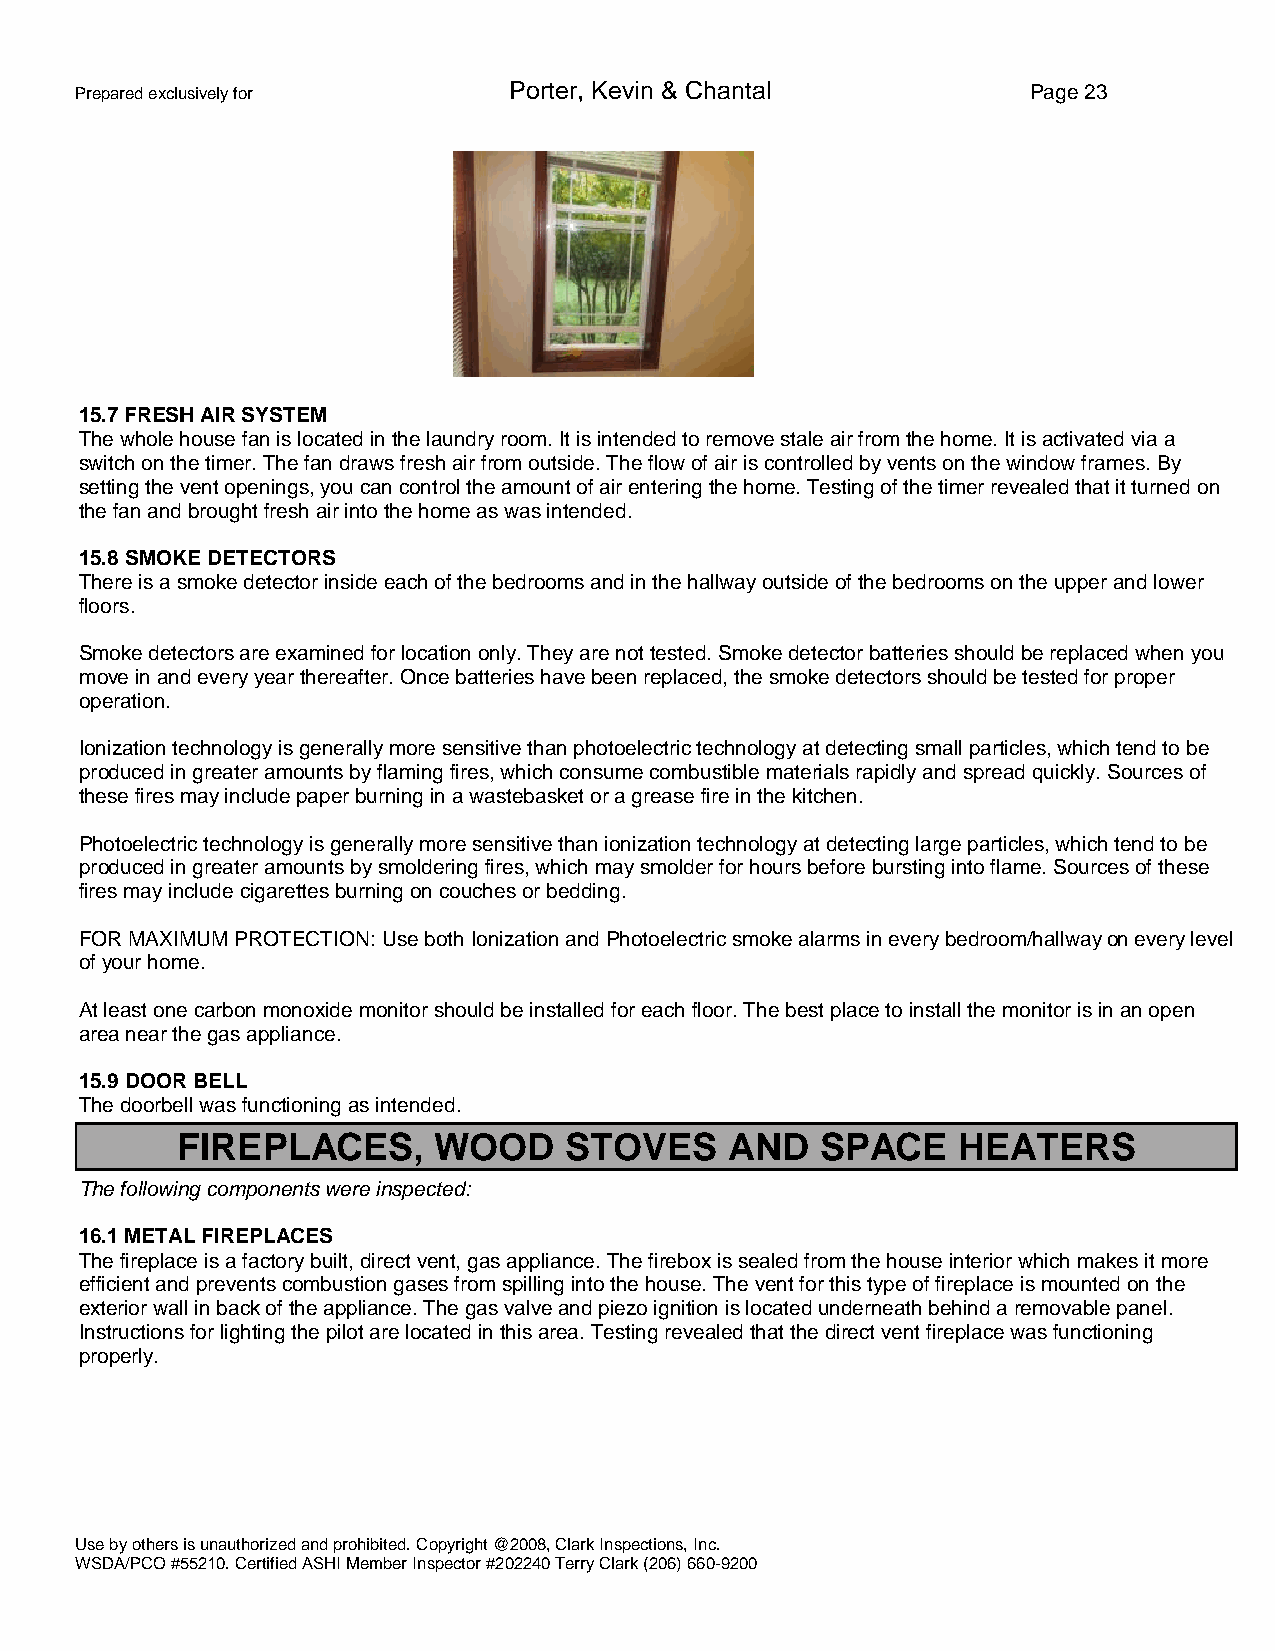
Prepared exclusively for     Porter, Kevin & Chantal           Page 23
 15.7 FRESH AIR SYSTEM
 The whole house fan is located in the laundry room. It is intended to remove stale air from the home. It is activated via a
 switch on the timer. The fan draws fresh air from outside. The flow of air is controlled by vents on the window frames. By
 setting the vent openings, you can control the amount of air entering the home. Testing of the timer revealed that it turned on
 the fan and brought fresh air into the home as was intended.
 15.8 SMOKE DETECTORS
 There is a smoke detector inside each of the bedrooms and in the hallway outside of the bedrooms on the upper and lower
 floors.
 Smoke detectors are examined for location only. They are not tested. Smoke detector batteries should be replaced when you
 move in and every year thereafter. Once batteries have been replaced, the smoke detectors should be tested for proper
 operation.
 Ionization technology is generally more sensitive than photoelectric technology at detecting small particles, which tend to be
 produced in greater amounts by flaming fires, which consume combustible materials rapidly and spread quickly. Sources of
 these fires may include paper burning in a wastebasket or a grease fire in the kitchen.
 Photoelectric technology is generally more sensitive than ionization technology at detecting large particles, which tend to be
 produced in greater amounts by smoldering fires, which may smolder for hours before bursting into flame. Sources of these
 fires may include cigarettes burning on couches or bedding.
 FOR MAXIMUM PROTECTION: Use both Ionization and Photoelectric smoke alarms in every bedroom/hallwayon every level
 ofyour home.
 At least one carbon monoxide monitor should be installed for each floor. The best place to install the monitor is in an open
 area near the gas appliance.
 15.9 DOOR BELL
 The doorbell was functioning as intended.
 FIREPLACES,      WOOD    STOVES     AND   SPACE    HEATERS
 The following components were inspected:
 16.1 METAL FIREPLACES
 The fireplace is a factory built, direct vent, gas appliance. The firebox is sealed from the house interior which makes it more
 efficient and prevents combustion gases from spilling into the house. The vent for this type of fireplace is mounted on the
 exterior wall in back of the appliance. The gas valve and piezo ignition is located underneath behind a removable panel.
 Instructions for lighting the pilot are located in this area. Testing revealed that the direct vent fireplace was functioning
 properly.
 Use by others is unauthorized and prohibited. Copyright @2008, Clark Inspections, Inc.
 WSDA/PCO #55210. Certified ASHI Member Inspector #202240 Terry Clark (206) 660-9200